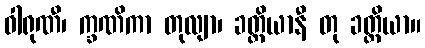
ဝါရုဏီ၊ က္ခဏိကာ တုလျာ၊ ခတ္တိယာနီ တု ခတ္တိယာ။